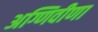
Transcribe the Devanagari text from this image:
अग्णिवीणा